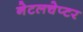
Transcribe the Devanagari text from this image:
नेटलचेप्टर